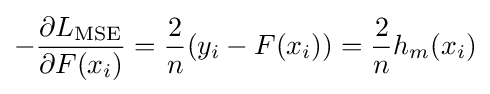
-{\frac {\partial L_{\rm {MSE}}}{\partial F(x_{i})}}={\frac {2}{n}}(y_{i}-F(x_{i}))={\frac {2}{n}}h_{m}(x_{i})